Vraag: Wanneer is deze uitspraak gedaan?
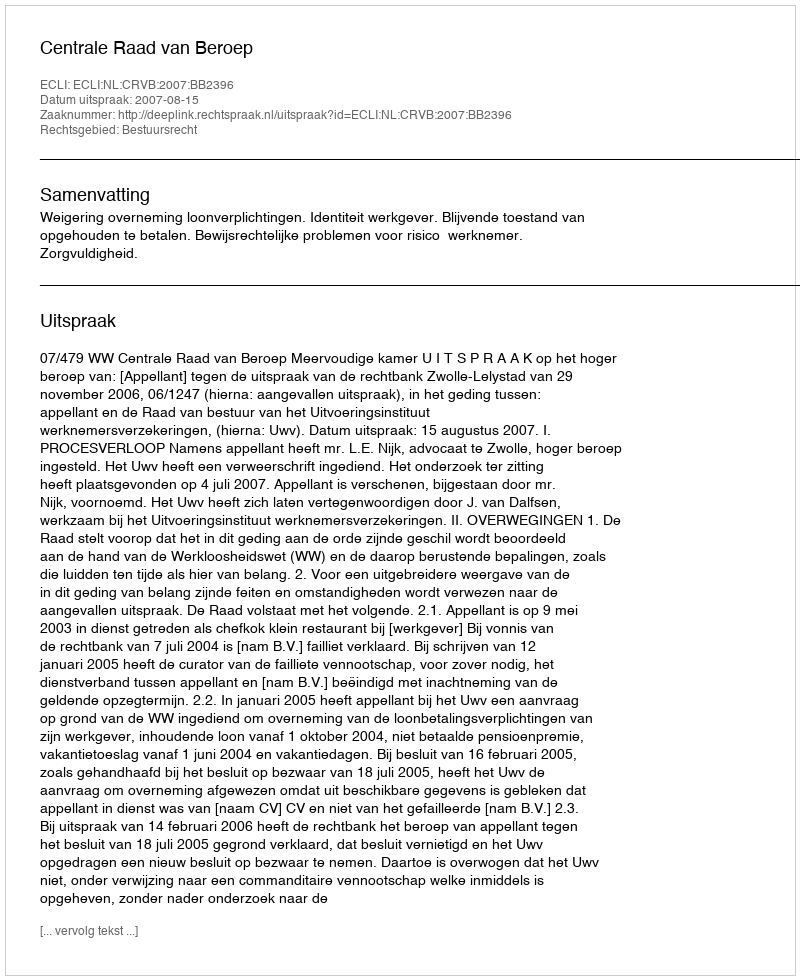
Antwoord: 2007-08-15